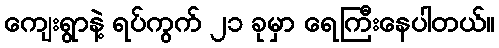
ကျေးရွာနဲ့ ရပ်ကွက် ၂၁ ခုမှာ ရေကြီးနေပါတယ်။